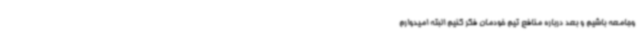
وجامعه باشیم و بعد درباره منافع تیم خودمان فکر کنیم البته امیدوارم